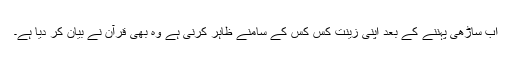
اب ساڑھی پہننے کے بعد اپنی زینت کس کس کے سامنے ظاہر کرنی ہے وہ بھی قرآن نے بیان کر دیا ہے۔